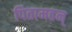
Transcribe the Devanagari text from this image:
पितामहन्